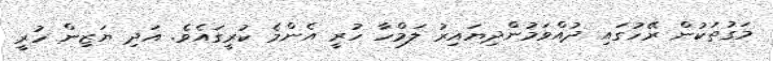
މަގުތަކުން ރޭހުގައި ދުއްވަމުންދިޔައިރު ލަމްހާ ހުރީ އެންމެ ކުރީގައެވެ. އަދި ޔަޒިން ހުރީ